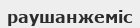
раушанжеміс